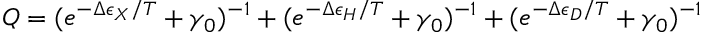
Q = ( e ^ { - \Delta \epsilon _ { X } / T } + \gamma _ { 0 } ) ^ { - 1 } + ( e ^ { - \Delta \epsilon _ { H } / T } + \gamma _ { 0 } ) ^ { - 1 } + ( e ^ { - \Delta \epsilon _ { D } / T } + \gamma _ { 0 } ) ^ { - 1 }